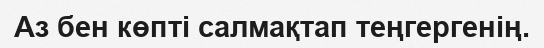
Аз бен көпті салмақтап теңгергенің.